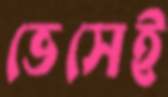
ভেসেই